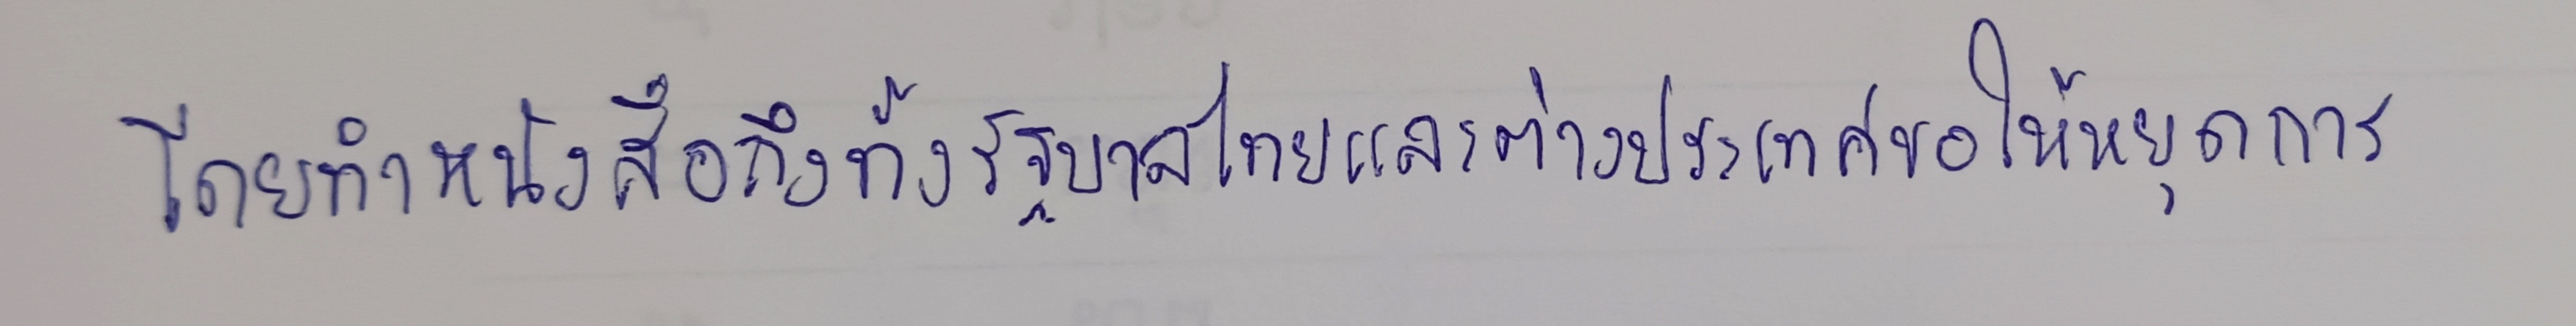
โดยทำหนังสือถึงทั้งรัฐบาลไทยและต่างประเทศขอให้หยุดการ